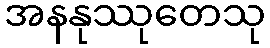
အနနုဿုတေသု